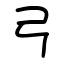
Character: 弓